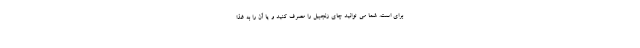
برای است. شما می توانید چای زنجبیل را مصرف کنید و یا آن را به غذا